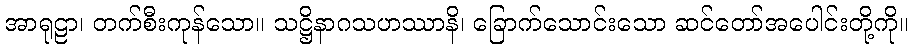
အာရုဠာ၊ တက်စီးကုန်သော။ သဋ္ဌိနာဂသဟဿာနိ၊ ခြောက်သောင်းသော ဆင်တော်အပေါင်းတို့ကို။